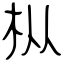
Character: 枞